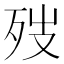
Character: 𪵁